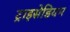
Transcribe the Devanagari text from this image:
ट्राइसेडियम